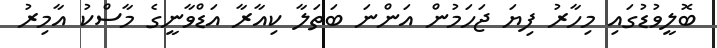
ބޮލީވުޑުގައި މިހާރު ފިޔަ ޖަހަމުން އަންނަ ބަތަލާ ކިއާރާ އަޑްވާނީގެ މާސްކު އާމިރު